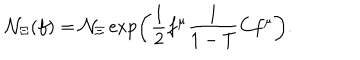
LaTeX: { \cal N } _ { \Xi } ( f ) = { \cal N } _ { \Xi } \exp \left( \frac { 1 } { 2 } f ^ { \mu } \frac { 1 } { 1 - T } C f ^ { \mu } \right) .